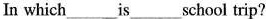
In which___is___school trip?